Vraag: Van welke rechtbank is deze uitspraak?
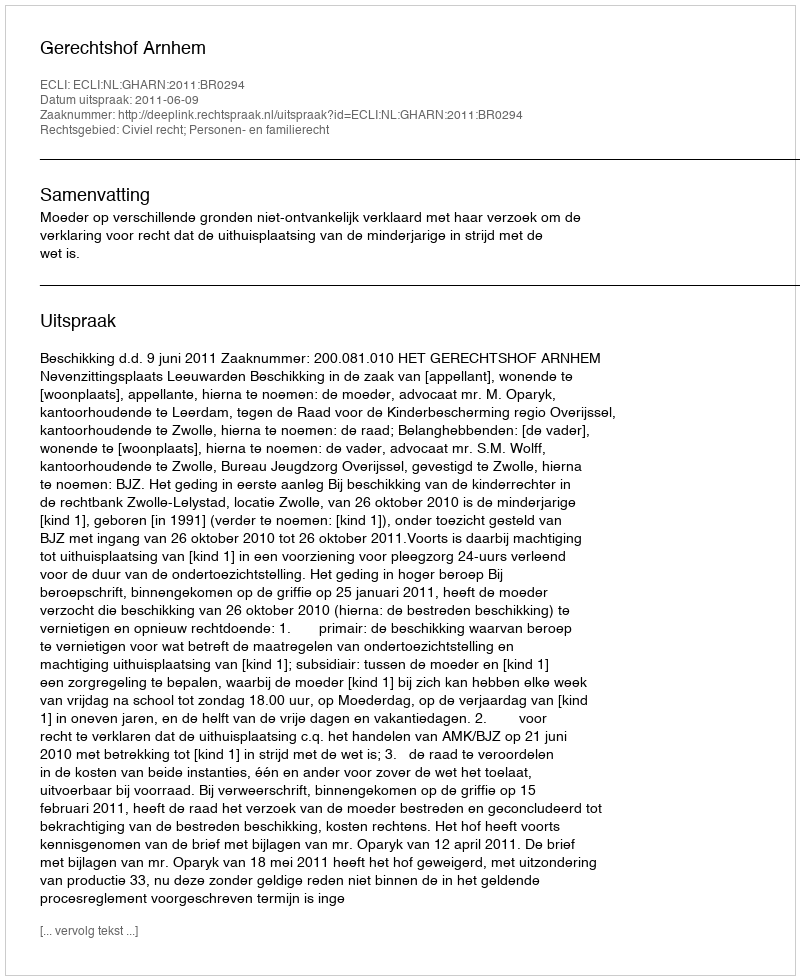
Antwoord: Gerechtshof Arnhem